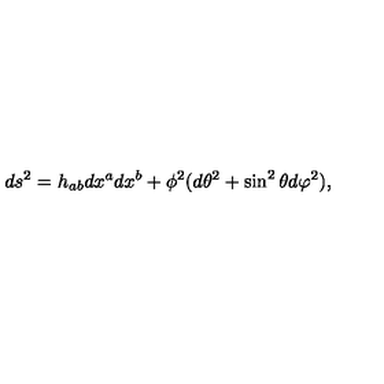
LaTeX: d s ^ { 2 } = h _ { a b } d x ^ { a } d x ^ { b } + \phi ^ { 2 } ( d \theta ^ { 2 } + \sin ^ { 2 } \theta d \varphi ^ { 2 } ) ,